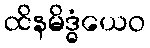
ထိနမိဒ္ဓံယေဝ